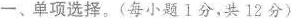
一、单项选择。(每小题Ⅰ分,共 12分)